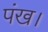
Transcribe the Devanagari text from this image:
पंख।